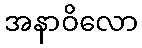
အနာဝိလော